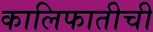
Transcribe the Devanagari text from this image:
कालिफातीची